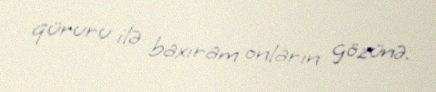
qüruru ilə baxıram onların gözünə.